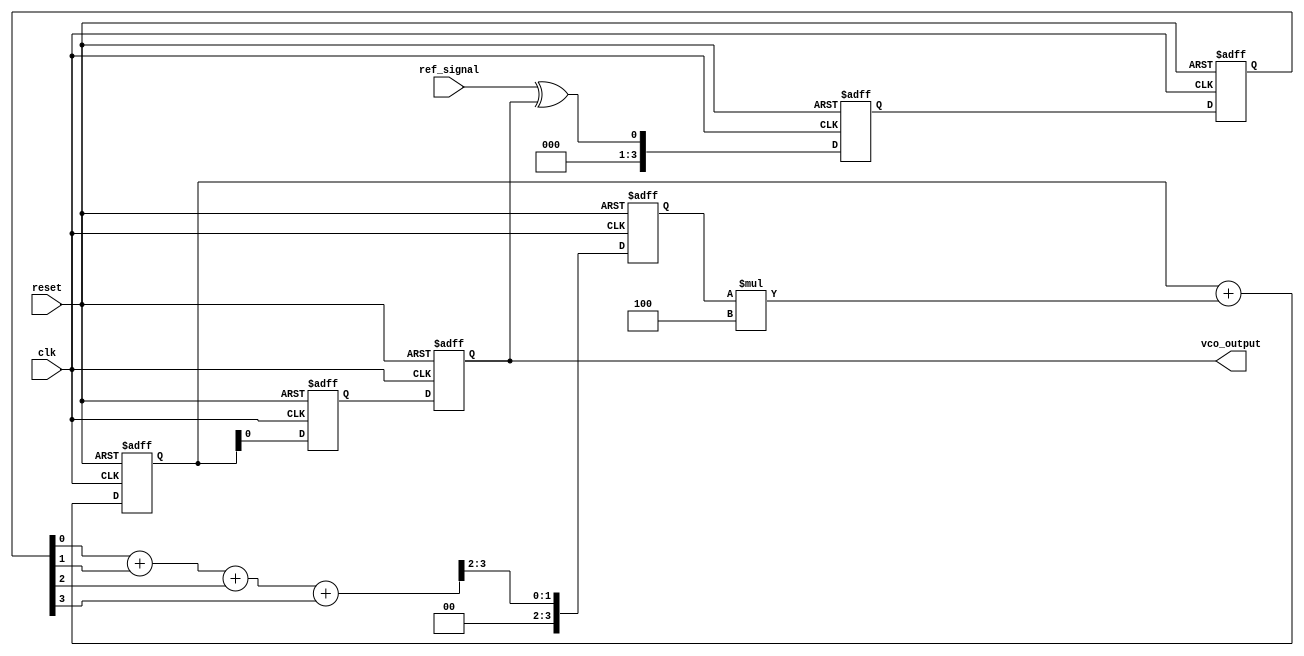
module MemoryBlocksPLL (
    input wire clk,               // System clock
    input wire reset,             // Reset signal
    input wire ref_signal,        // Reference input signal
    output reg vco_output         // Output signal from VCO
);

// Parameters
parameter MEMORY_SIZE = 16;     // Size of the memory block
parameter FILTER_COEFF = 4;     // Coefficient for loop filter

// Internal signals
reg [MEMORY_SIZE-1:0] phase_memory; // Memory block for phase error signals
reg [3:0] phase_error;               // Phase error signal
reg [7:0] control_voltage;            // Control voltage for VCO
reg [7:0] vco_frequency;              // Frequency control for VCO
reg [3:0] phase_detector_out;         // Output from phase detector
reg [3:0] filtered_error;             // Filtered phase error

// Phase Detector
always @(posedge clk or posedge reset) begin
    if (reset) begin
        phase_detector_out <= 0;
    end else begin
        // Simple phase comparison logic (example)
        phase_detector_out <= ref_signal ^ vco_output; // XOR for phase error
    end
end

// Memory Block
always @(posedge clk or posedge reset) begin
    if (reset) begin
        phase_memory <= 0;
    end else begin
        // Store phase error in memory (simple circular buffer)
        phase_memory <= {phase_memory[MEMORY_SIZE-2:0], phase_detector_out};
    end
end

// Loop Filter
always @(posedge clk or posedge reset) begin
    if (reset) begin
        filtered_error <= 0;
        control_voltage <= 0;
    end else begin
        // Simple moving average filter
        filtered_error <= (phase_memory[0] + phase_memory[1] + phase_memory[2] + phase_memory[3]) >> 2;
        control_voltage <= control_voltage + (filtered_error * FILTER_COEFF);
    end
end

// Voltage-Controlled Oscillator (VCO)
always @(posedge clk or posedge reset) begin
    if (reset) begin
        vco_frequency <= 0;
        vco_output <= 0;
    end else begin
        // Simple VCO model (example)
        vco_frequency <= control_voltage; // Control frequency based on voltage
        vco_output <= vco_frequency[0]; // Output signal (example)
    end
end

endmodule